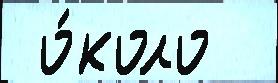
 о́коло